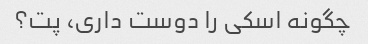
چگونه اسکی را دوست داری، پت؟